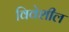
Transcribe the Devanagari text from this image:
विवेशील